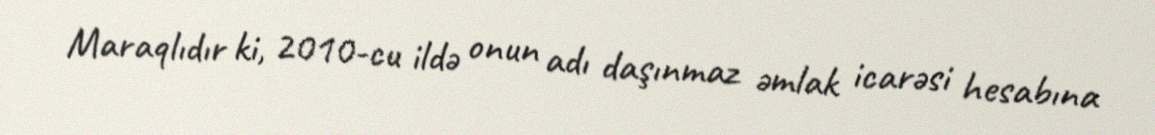
Maraqlıdır ki, 2010-cu ildə onun adı daşınmaz əmlak icarəsi hesabına